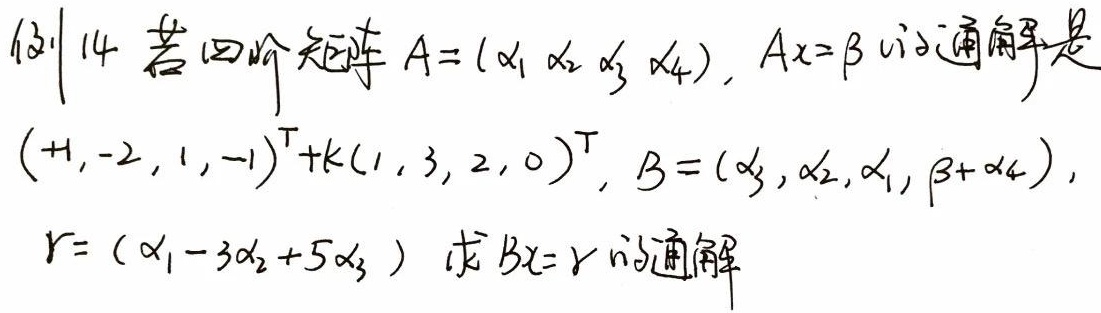
例14 若四阶矩阵\(A = (\alpha_1\ \alpha_2\ \alpha_3\ \alpha_4)\)，\(Ax = \beta\)的通解是\((1, - 2,1, - 1)^{\mathrm{T}}+k(1,3,2,0)^{\mathrm{T}}\)，\(B = (\alpha_3,\alpha_2,\alpha_1,\beta+\alpha_4)\)，\(\gamma = \alpha_1 - 3\alpha_2 + 5\alpha_3\)，求\(Bx = \gamma\)的通解。